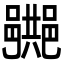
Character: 𨞠